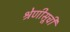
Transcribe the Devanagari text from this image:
श्रेणीसूची